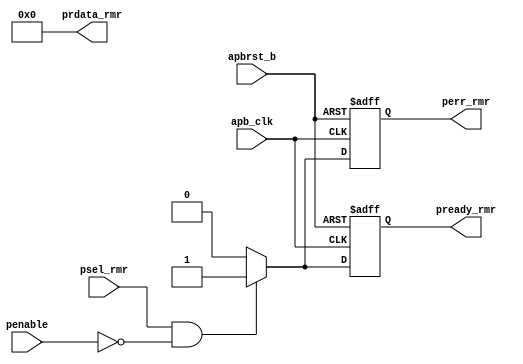
/*Copyright 2019-2021 T-Head Semiconductor Co., Ltd.

Licensed under the Apache License, Version 2.0 (the "License");
you may not use this file except in compliance with the License.
You may obtain a copy of the License at

    http://www.apache.org/licenses/LICENSE-2.0

Unless required by applicable law or agreed to in writing, software
distributed under the License is distributed on an "AS IS" BASIS,
WITHOUT WARRANTIES OR CONDITIONS OF ANY KIND, either express or implied.
See the License for the specific language governing permissions and
limitations under the License.
*/
module ct_rmu_top_dummy(
  apb_clk,
  apbrst_b,
  penable,
  perr_rmr,
  prdata_rmr,
  pready_rmr,
  psel_rmr
);

// &Ports; @3
input           apb_clk;   
input           apbrst_b;  
input           penable;   
input           psel_rmr;  
output          perr_rmr;  
output  [31:0]  prdata_rmr; 
output          pready_rmr; 

// &Regs; @4
reg             perr_rmr;  
reg             pready_rmr; 

// &Wires; @5
wire            acc_err;   
wire            apb_clk;   
wire            apbrst_b;  
wire    [31:0]  data_out;  
wire            penable;   
wire    [31:0]  prdata_rmr; 
wire            priv_err;  
wire            psel_rmr;  


always @(posedge apb_clk or negedge apbrst_b)
begin
  if(~apbrst_b)
    pready_rmr <= 1'b0;
  else if (psel_rmr & !penable)
    pready_rmr <= 1'b1;
  else 
    pready_rmr <= 1'b0;
end

always @(posedge apb_clk or negedge apbrst_b)
begin
  if(~apbrst_b)
    perr_rmr <= 1'b0;
  else if (psel_rmr & !penable & (acc_err | priv_err))
    perr_rmr <= 1'b1;
  else
    perr_rmr <= 1'b0;
end

assign prdata_rmr[31:0] = data_out[31:0];

assign acc_err  = 1'b1;
assign priv_err = 1'b1;

assign data_out[31:0] = 32'b0;

// &ModuleEnd; @34
endmodule